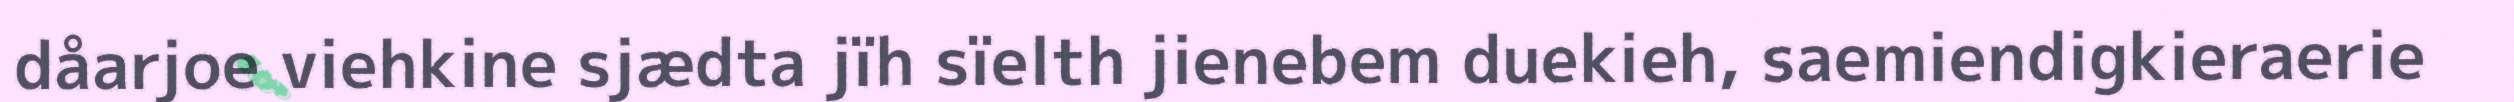
dåarjoe viehkine sjædta jïh sïelth jienebem duekieh, saemiendigkieraerie